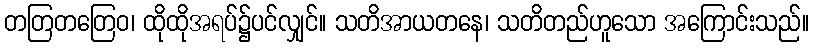
တတြတတြေဝ၊ ထိုထိုအရပ်၌ပင်လျှင်။ သတိအာယတနေ၊ သတိတည်ဟူသော အကြောင်းသည်။